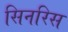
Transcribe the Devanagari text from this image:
सिनरिस